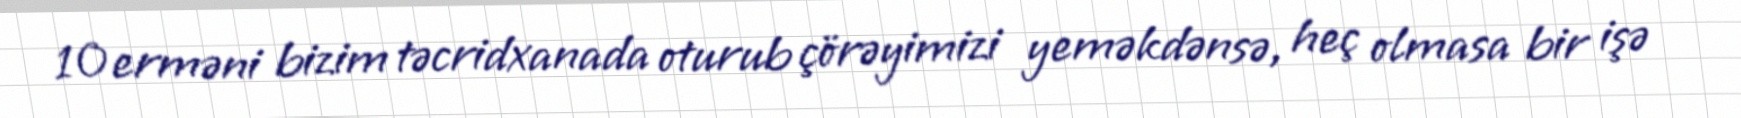
10 erməni bizim təcridxanada oturub çörəyimizi yeməkdənsə, heç olmasa bir işə